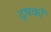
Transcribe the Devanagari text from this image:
दूषकों